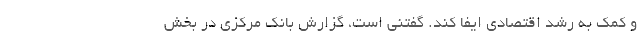
و کمک به رشد اقتصادی ایفا کند. گفتنی است، گزارش بانک مرکزی در بخش